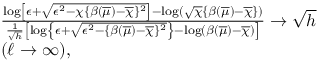
\begin{array} { r l } & { \frac { \log \left[ { \epsilon } + \sqrt { { \epsilon } ^ { 2 } - \chi \{ \beta ( \overline { { \mu } } ) - \overline { { \chi } } \} ^ { 2 } } \right] - \log ( \sqrt \chi \{ \beta ( \overline { { \mu } } ) - \overline { { \chi } } \} ) } { \frac 1 { \sqrt { h } } \left[ \log \left\{ { \epsilon } + \sqrt { { \epsilon } ^ { 2 } - \{ \beta ( \overline { { \mu } } ) - \overline { { \chi } } \} ^ { 2 } } \right\} - \log ( \beta ( \overline { { \mu } } ) - \overline { { \chi } } ) \right] } \to \sqrt { h } } \\ & { ( \ell \to \infty ) , } \end{array}